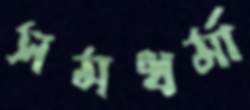
সমধর্মা